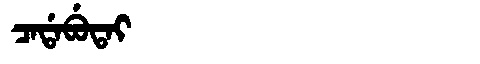
Manchu: ᠴᠠᡩᠠᠪᡠᡨᠠᡳ
Romanization: CADABUTAI